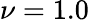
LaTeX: \nu=1.0